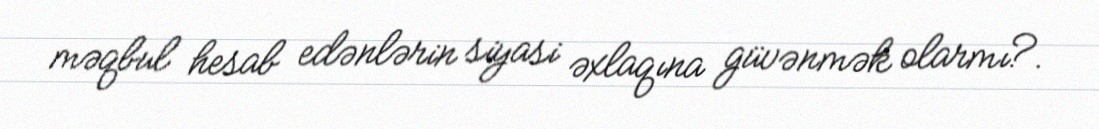
məqbul hesab edənlərin siyasi əxlaqına güvənmək olarmı?.